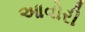
આવોરી